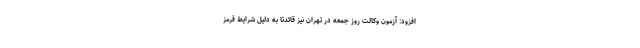
افزود: آزمون وکالت روز جمعه در تهران نیز قائدتا به دلیل شرایط قرمز